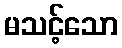
မသင့်သော